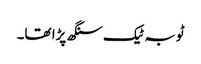
ٹوبہ ٹیک سنگھ پڑا تھا۔